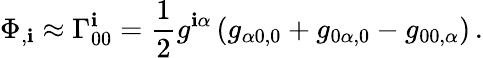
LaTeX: \Phi_{,\mathbf{i}}\approx\Gamma_{00}^{\mathbf{i}}={\frac{{1}}{{2}}}g^{\mathbf{i}\alpha}\left(g_{\alpha0,0}+g_{0\alpha,0}-g_{00,\alpha}\right)\, .